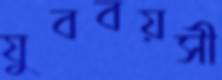
যুববয়সী